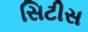
સિટીસ